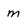
Character: m